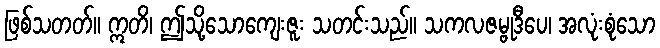
ဖြစ်သတတ်။ ဣတိ၊ ဤသို့သောကျေးဇူး သတင်းသည်။ သကလဇမ္ဗုဒီပေ၊ အလုံးစုံသော